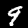
Label: 9